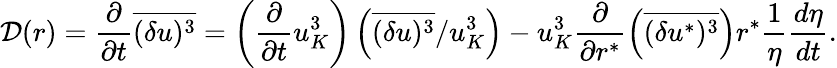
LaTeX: {\cal D}(r)=\frac{\partial}{\partial t}\overline{{(\delta u)^{3}}}=\left(\frac{\partial}{\partial t}u_{K}^{3}\right)\left(\overline{{(\delta u)^{3}}}/u_{K}^{3}\right)-u_{K}^{3}\frac{\partial}{\partial r^{*}}\left(\overline{{(\delta u^{*})^{3}}}\right)r^{*}\frac{1}{\eta}\frac{d\eta}{dt}.